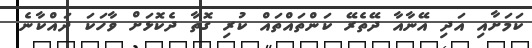
ކަމަށާއި އަދި އޭނާއާ ދޭތެރޭ ކަންތައްތައް ކުރި ގޮތާ ދެކޮޅަށް ވާހަކަ ދައްކާނެ